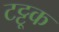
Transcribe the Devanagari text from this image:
टट्टूक